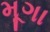
મૂગા